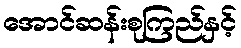
အောင်ဆန်းစုကြည်နှင့်